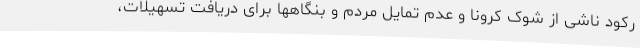
رکود ناشی از شوک کرونا و عدم تمایل مردم و بنگاهها برای دریافت تسهیلات،